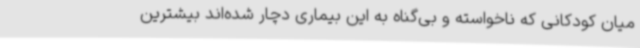
میان کودکانی که ناخواسته و بی‌گناه به این بیماری دچار شده‌اند بیشترین